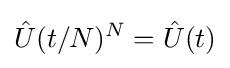
{\hat {U}}(t/N)^{N}={\hat {U}}(t)